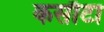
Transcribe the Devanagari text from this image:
कसौटा